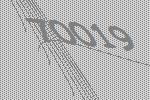
70019